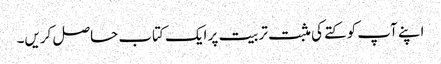
اپنے آپ کو کتے کی مثبت تربیت پر ایک کتاب حاصل کریں۔